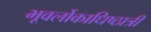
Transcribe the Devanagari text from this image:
भूवर्लोकाधिष्ठात्रीं